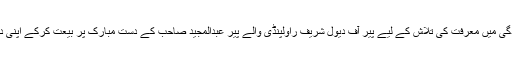
ان دونوں دوستوں نے اپنی زندگی میں معرفت کی تلاش کے لیے پیر آف دیول شریف راولپنڈی والے پیر عبدالمجید صاحب کے دست مبارک پر بیعت کرکے اپنی دوستی کو مزید مستحکم کرلیا ۔